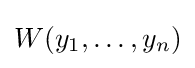
W(y_{1},\ldots ,y_{n})